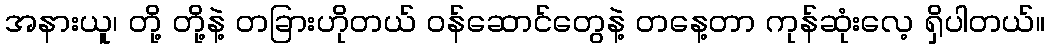
အနားယူ၊ တို့ တို့နဲ့ တခြားဟိုတယ် ဝန်ဆောင်တွေနဲ့ တနေ့တာ ကုန်ဆုံးလေ့ ရှိပါတယ်။